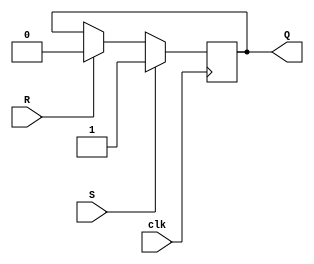
module sr_flipflop (
    input clk,
    input S,
    input R,
    output reg Q
);

always @(posedge clk) begin
    if (S)
        Q <= 1'b1;
    else if (R)
        Q <= 1'b0;
end

endmodule